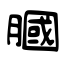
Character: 膕